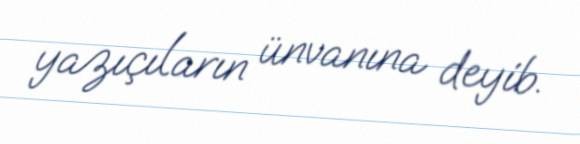
yazıçıların ünvanına deyib.